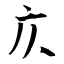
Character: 庂